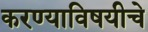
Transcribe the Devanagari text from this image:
करण्याविषयीचे